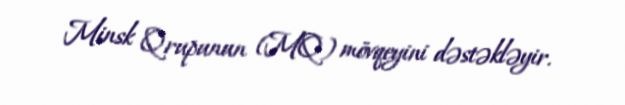
Minsk Qrupunun (MQ) mövqeyini dəstəkləyir.